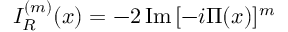
I _ { R } ^ { ( m ) } ( x ) = - 2 \, \mathrm { I m } \, [ - i \Pi ( x ) ] ^ { m }